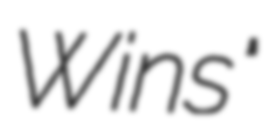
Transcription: Wins"